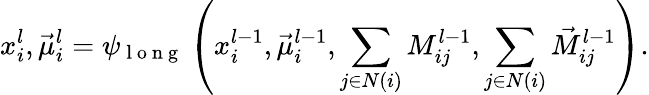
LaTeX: x_{i}^{l},\vec{\mu}_{i}^{l}=\psi_{\mathrm{~l~o~n~g~}}\left(x_{i}^{l-1},\vec{\mu}_{i}^{l-1},\sum_{j\in N(i)}M_{ij}^{l-1},\sum_{j\in N(i)}\vec{M}_{ij}^{l-1}\right).